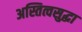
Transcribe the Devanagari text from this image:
अस्तित्वसुद्धा